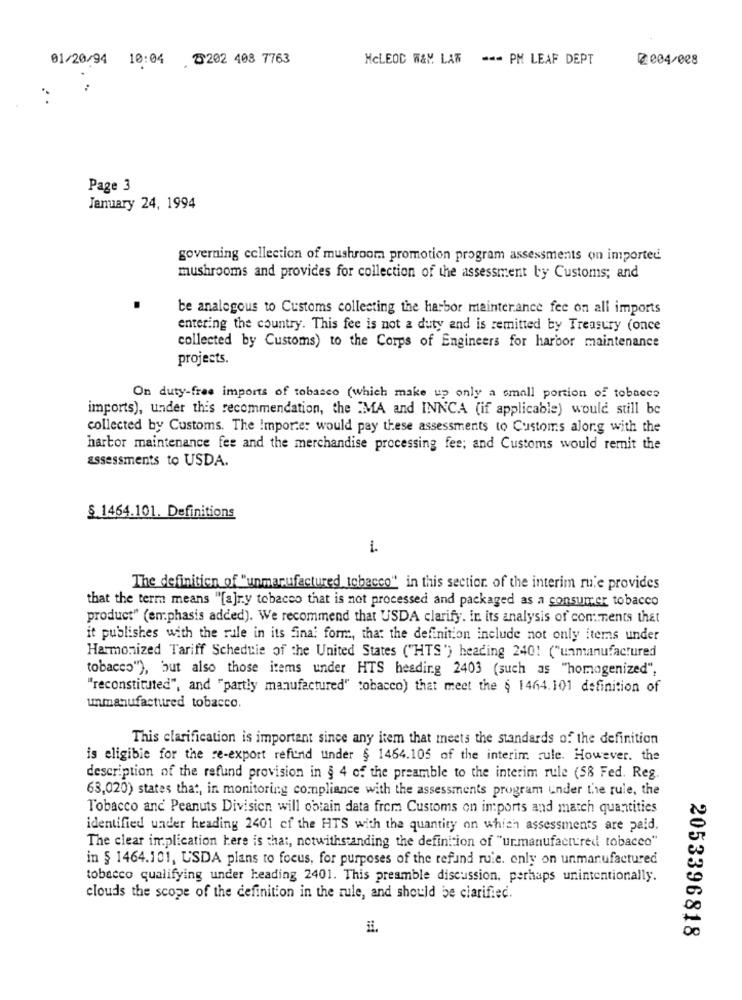
01/20/94 10:04 @202 408 7763
MCLEOD W&M LAW - PM LEAF DEPT
2004/028
Page 3
January 24, 1994
governing collection of mushroom promotion program assessments on imported
mushrooms and provides for collection of the assessment by Customs; and
te analogous to Customs collecting the harbor maintenance fee on all imports
entering the country. This fee is not a duty and is remitted by Treasury (once
collected by Customs) to the Corps of Engineers for harbor maintenance
projects.
On duty-free imports of tobacco (which make up only a small portion of tobacco
imports), under this recommendation, the MA and INNCA (if applicable) would still be
collected by Customs. The Importe: would pay these assessments to Customs along with the
harbor maintenance fee and the merchandise processing fee; and Customs would remit the
assessments to USDA.
§ 1464.101. Definitions
i.
The definition of "unmanufactured tobacco" in this section of the interim rue provides
that the term means "[a]ry tobacco that is not processed and packaged as a consumer tobacco
product" (emphasis added). We recommend that USDA clarify. in its analysis of comments that
it publishes with the rule in its final form, that the definition include not only items under
Harmonized Tariff Schedule of the United States ("HTS') heading 240! ("unmanufactured
tobacco"), but also those items under HTS heading 2403 (such as "homogenized",
"reconstituted", and "partly manufactured" tobacco) that meet the § 1464.101 definition of
unmanufactured tobacco.
This clarification is important since any item that meets the standards of the definition
is eligible for the re-export refund under § 1464.105 of the interim rule. However. the
description of the refund provision in § 4 of the preamble to the interim rule (58 Fed. Reg.
63,020) states that, in monitoring compliance with the assessments program under the rule, the
Tobacco and Peanuts Division will obtain data from Customs on imports and match quantities
identified under heading 2401 ef the HTS with the quantity on which assessments are paid.
The clear implication here is that, notwithstanding the definition of "urmanufactured tobacco"
in § 1464.101, USDA plans to focus, for purposes of the refund rule. only on unmanufactured
tobacco qualifying under heading 2401. This preamble discussion, perhaps unintentionally.
clouds the scope of the definition in the rule, and should be clarified.
2053396818